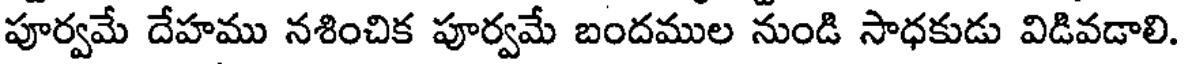
పూర్వమే దేహము నశించిక పూర్వమే బందముల నుండి సాధకుడు విడివడాలి